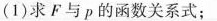
(1)求F与p的函数关系式；